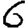
Digit: 6